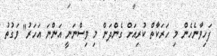
ފަހިވާނެހެން މި ހަރަކާތް ކުރިއަށް ގެންދަން މި ވިސްނަނީ އަންނަ އަހަރު" ވަގުތު